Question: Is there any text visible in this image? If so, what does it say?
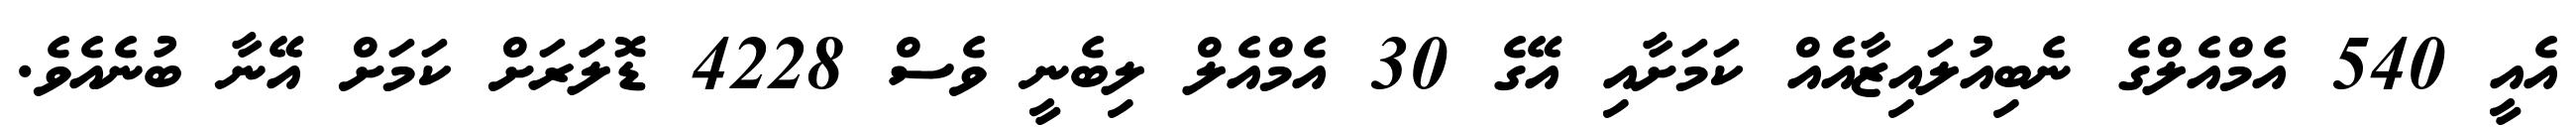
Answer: އެއީ 540 އެމްއެލްގެ ނެބިއުލައިޒާއެއް ކަމަށާއި އޭގެ 30 އެމްއެލް ލިބެނީ ވެސް 4228 ޑޮލަަރަށް ކަމަށް އޭނާ ބުނެއެވެ.